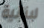
لبنانية